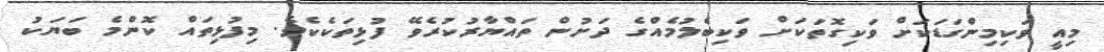
މިއީ ވަކިމިންގަޑަކަށް ވަކިގޮތަކަށް ވަކިބެލުމެއްގެ ދަށުން ތައްޔާރުކުރެވޭ ފުޅިތަކެކެވެ. މިފުޅިތައް ކޮންމެ ބަޔަކު